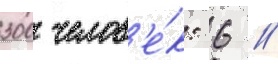
300 челов'е́к: 6 //